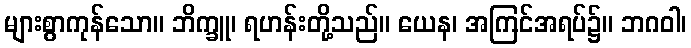
များစွာကုန်သော။ ဘိက္ခူ၊ ရဟန်းတို့သည်။ ယေန၊ အကြင်အရပ်၌။ ဘဂဝါ၊